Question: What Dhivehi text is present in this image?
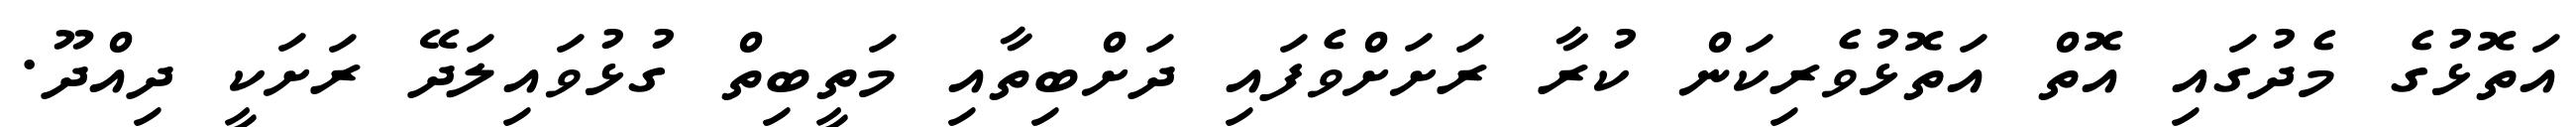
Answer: އަތޮޅުގެ މެދުގައި އޮތް އަތޮޅުވެރިކަން ކުރާ ރަށަށްވެފައި ދަށްބިތާއި މަތީބިތް ގުޅުވައިލަދޭ ރަށަކީ ދިއްދޫ.